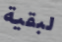
لبقية